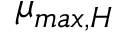
\mu _ { m a x , H }